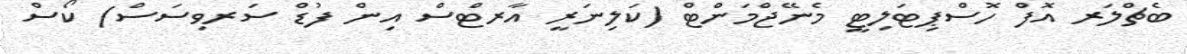
ބެޗްލަރ އޮފް ހޮސްޕިޓަލިޓީ މެނޭޖްމަންޓް (ކަލިނަރީ އާރޓްސް އިން ފުޑް ސަރވިސަސް) ކޯސް